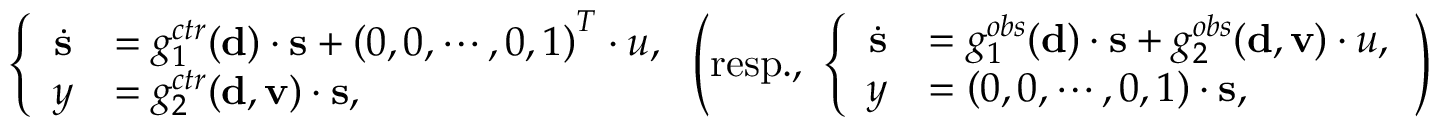
\left\{ \begin{array} { r l } { \dot { { \bf s } } } & { = g _ { 1 } ^ { c t r } ( { \bf d } ) \cdot { \bf s } + \left( 0 , 0 , \cdots , 0 , 1 \right) ^ { T } \cdot u , } \\ { y } & { = g _ { 2 } ^ { c t r } ( { \bf d } , { \bf v } ) \cdot { \bf s } , } \end{array} \right. \left( \mathrm { r e s p . , ~ } \left\{ \begin{array} { r l } { \dot { { \bf s } } } & { = g _ { 1 } ^ { o b s } ( { \bf d } ) \cdot { \bf s } + g _ { 2 } ^ { o b s } ( { \bf d } , { \bf v } ) \cdot u , } \\ { y } & { = \left( 0 , 0 , \cdots , 0 , 1 \right) \cdot { \bf s } , } \end{array} \right. \right)